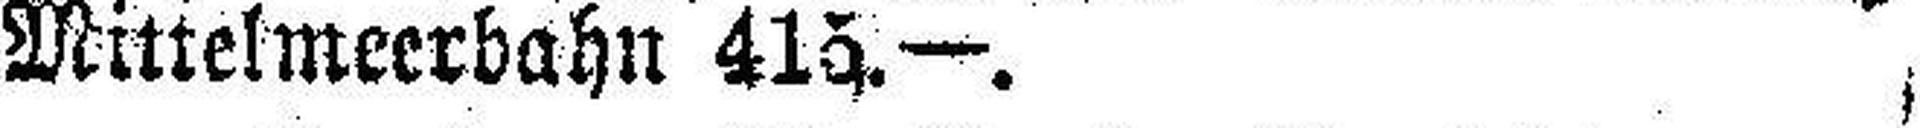
Mittelmeerbahn 415.—.